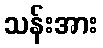
သန်းအား